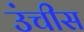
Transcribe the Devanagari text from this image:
उंचीस